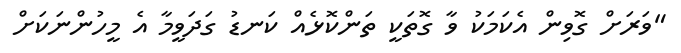
"ވަރަށް ގޮވިން އެކަމަކު ވާ ގޮތަކީ ތަންކޮޅެއް ކަނޑު ގަދަވީމާ އެ މީހުންނަކަށް